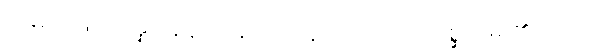
အမှတ်ဖြင့်။ ဒိန္နံ၊ လှူဖူးသနည်း။ ဣတိ၊ ဤသို့။ (ပုစ္ဆိ၊ မေး၏။) သော၊